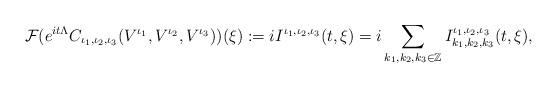
LaTeX: \begin{align*} \mathcal{F}(e^{ i t \Lambda}C_{\iota_1, \iota_2, \iota_3}(V^{\iota_{1}}, V^{\iota_{2}}, V^{\iota_{3}})) (\xi):=iI^{\iota_1,\iota_2,\iota_3}( t,\xi) = i\sum_{ k_{1}, k_{2}, k_{3}\in \mathbb{Z}} I^{\iota_1,\iota_2,\iota_3}_{k_{1}, k_{2}, k_{3}}( t,\xi) ,\end{align*}